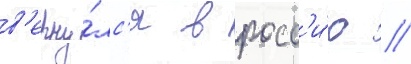
в'ерну́лс'я в росс'и́ю //